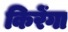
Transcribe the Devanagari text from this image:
किरेंगा